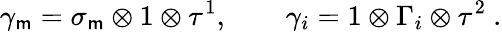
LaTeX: \gamma_{\mathsf{m}}=\sigma_{\mathsf{m}}\otimes1\otimes\tau^{1},\qquad\gamma_{i}=1\otimes\Gamma_{i}\otimes\tau^{2}\ .